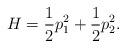
LaTeX: \begin{align*}H=\frac{1}{2}p_1^2 + \frac{1}{2}p_2^2. \end{align*}